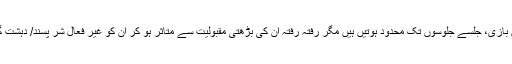
علیحدگی پسند تحریکیں شروع میں تو نفرت انگیز بیان بازی، جلسے جلوسوں تک محدود ہوتیں ہیں مگر رفتہ رفتہ ان کی بڑھتی مقبولیت سے متاثر ہو کر ان کو غیر فعال شر پسند/ دہشت گرد تنظیموں کے سپلنٹر سیلز بھی جوائن کر لیتے ہیں۔